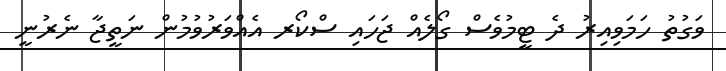
ވަގުތު ހަމަވިއިރު ދެ ޓީމުވެސް ގޯލެއް ޖަހައި ސްކޯރ އެއްވަރުވުމުން ނަތީޖާ ނެރުނީ